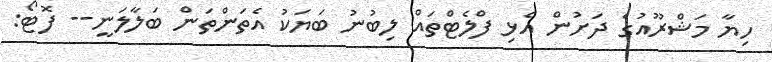
ހިޔާ މަޝްރޫއުގެ ދަށުން އެޅި ފްލެޓްތައް ލިބުނު ބަޔަކު އެތަންތަން ބަލާލަނީ-- ފޮޓޯ: